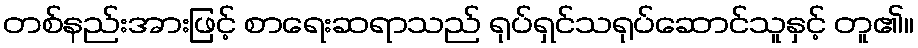
တစ်နည်းအားဖြင့် စာရေးဆရာသည် ရုပ်ရှင်သရုပ်ဆောင်သူနှင့် တူ၏။